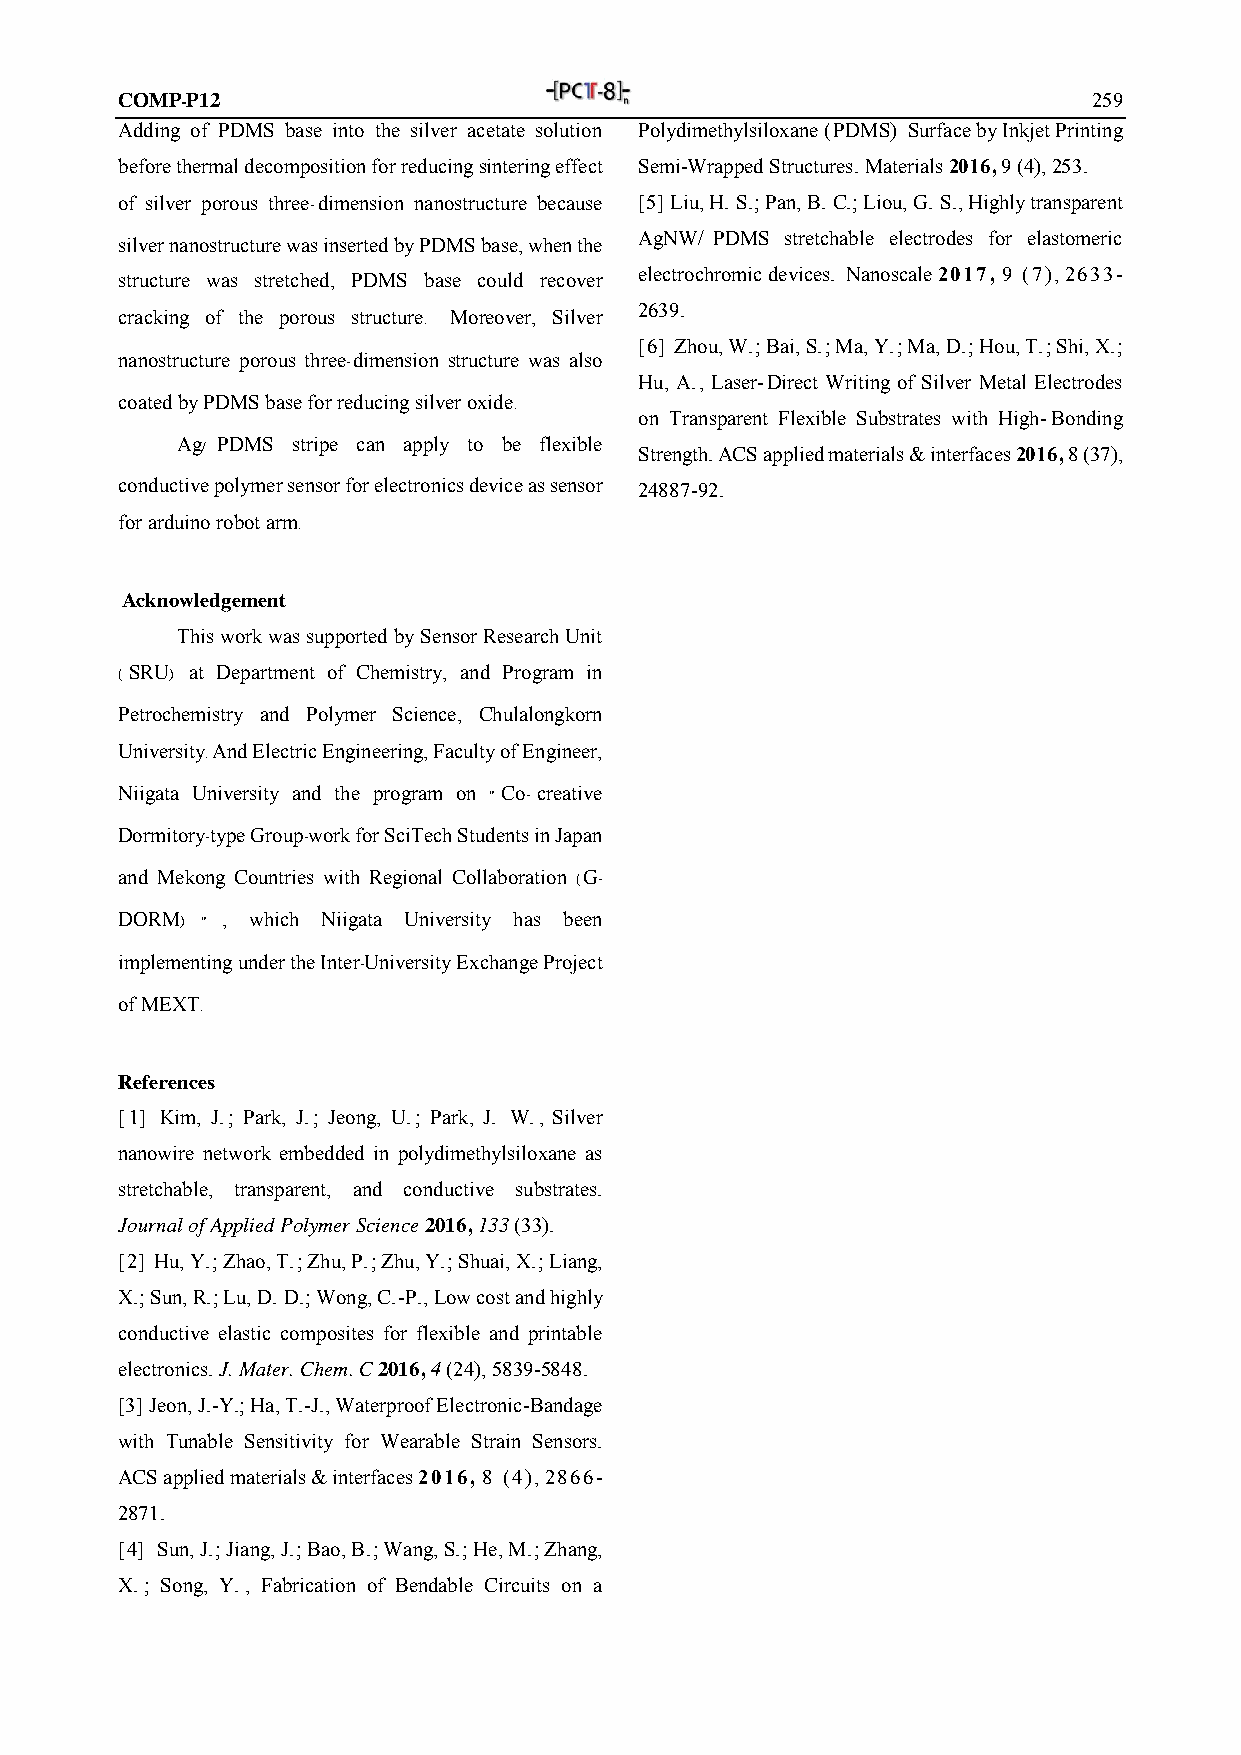
COMP-P12                                                        259
 Adding of PDMS base into the silver acetate solution Polydimethylsiloxane (PDMS) Surface by Inkjet Printing
 before thermal decomposition for reducing sintering effect Semi-Wrapped Structures. Materials 2016, 9 (4), 253.
 of silver porous three-dimension nanostructure because [5] Liu, H. S.; Pan, B. C.; Liou, G. S., Highly transparent
 AgNW/ PDMS stretchable electrodes for elastomeric
 silver nanostructure was inserted by PDMS base, when the
 structure was stretched, PDMS base could recover electrochromic devices. Nanoscale 2017, 9 (7), 2633-
 2639.
 cracking of the porous structure. Moreover, Silver
 [6] Zhou, W.; Bai, S.; Ma, Y.; Ma, D.; Hou, T.; Shi, X.;
 nanostructure porous three-dimension structure was also
 Hu, A., Laser-Direct Writing of Silver Metal Electrodes
 coated by PDMS base for reducing silver oxide.
 on Transparent Flexible Substrates with High-Bonding
 Ag/ PDMS stripe can apply to be flexible
 Strength. ACS applied materials & interfaces 2016, 8 (37),
 conductive polymer sensor for electronics device as sensor 24887-92.
 for arduino robot arm.
 Acknowledgement
 This work was supported by Sensor Research Unit
 (SRU) at Department of Chemistry, and Program in
 Petrochemistry and Polymer Science, Chulalongkorn
 University. And Electric Engineering, Faculty of Engineer,
 Niigata University and the program on " Co- creative
 Dormitory-type Group-work for SciTech Students in Japan
 and Mekong Countries with Regional Collaboration (G-
 DORM) " , which Niigata University has been
 implementing under the Inter-University Exchange Project
 of MEXT.
 References
 [1] Kim, J.; Park, J.; Jeong, U.; Park, J. W., Silver
 nanowire network embedded in polydimethylsiloxane as
 stretchable, transparent, and conductive substrates.
 Journal of Applied Polymer Science 2016, 133 (33).
 [2] Hu, Y.; Zhao, T.; Zhu, P.; Zhu, Y.; Shuai, X.; Liang,
 X.; Sun, R.; Lu, D. D.; Wong, C.-P., Low cost and highly
 conductive elastic composites for flexible and printable
 electronics. J. Mater. Chem. C 2016, 4 (24), 5839-5848.
 [3] Jeon, J.-Y.; Ha, T.-J., Waterproof Electronic-Bandage
 with Tunable Sensitivity for Wearable Strain Sensors.
 ACS applied materials & interfaces 2016, 8 (4), 2866-
 2871.
 [4] Sun, J.; Jiang, J.; Bao, B.; Wang, S.; He, M.; Zhang,
 X.; Song, Y., Fabrication of Bendable Circuits on a